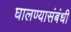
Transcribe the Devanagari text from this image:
घालण्यासंबंधी